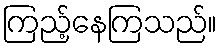
ကြည့်နေကြသည်။